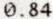
0.84